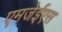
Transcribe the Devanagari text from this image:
एमजेईएस